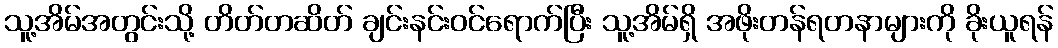
သူ့အိမ်အတွင်းသို့ တိတ်တဆိတ် ချင်းနင်းဝင်ရောက်ပြီး သူ့အိမ်ရှိ အဖိုးတန်ရတနာများကို ခိုးယူရန်